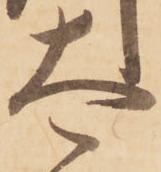
太